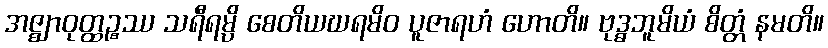
အဇ္ဈာဝုတ္ထဉ္စဿ သရီရမ္ပိ စေတိယဃရမိဝ ပူဇာရဟံ ဟောတိ။ ဗုဒ္ဓဘူမိယံ စိတ္တံ နမတိ။